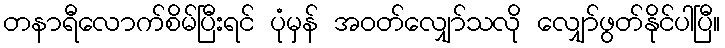
တနာရီလောက်စိမ်ပြီးရင် ပုံမှန် အဝတ်လျှော်သလို လျှော်ဖွတ်နိုင်ပါပြီ။